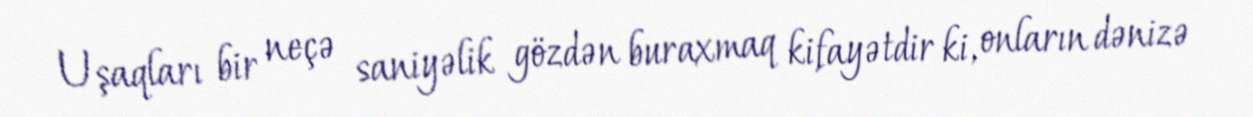
Uşaqları bir neçə saniyəlik gözdən buraxmaq kifayətdir ki, onların dənizə